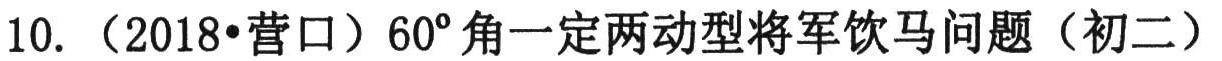
10. （2018•营口）\(60^{\circ}\)角一定两动型将军饮马问题（初二）